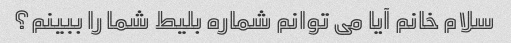
سلام خانم آیا می توانم شماره بلیط شما را ببینم؟